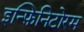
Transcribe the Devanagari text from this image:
इन्फ़िनिटोरम